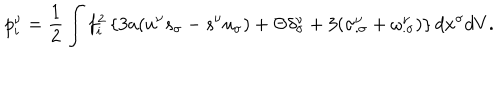
p _ { i } ^ { \nu } = \frac { 1 } { 2 } \int f _ { i } ^ { 2 } \left\{ 3 a ( u ^ { \nu } s _ { \sigma } - s ^ { \nu } u _ { \sigma } ) + \Theta \delta _ { \sigma } ^ { \nu } + 3 ( \sigma _ { . \sigma } ^ { \nu } + \omega _ { . \sigma } ^ { \nu } ) \right\} d x ^ { \sigma } d V .